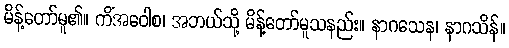
မိန့်တော်မူ၏။ ကိံအဝေါစ၊ အဘယ်သို့ မိန့်တော်မူသနည်း။ နာဂသေန၊ နာဂသိန်။